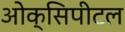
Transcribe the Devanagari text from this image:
ओक्सिपीटल